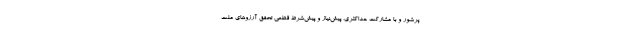
پرشور و با مشارکت حداکثری، پیش‌نیاز و پیش‌شرط قطعی تحقق آرزوهای ملت